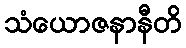
သံယောဇနာနီတိ